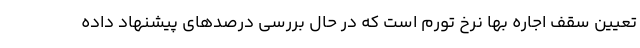
تعیین سقف اجاره بها نرخ تورم است که در حال بررسی درصدهای پیشنهاد داده